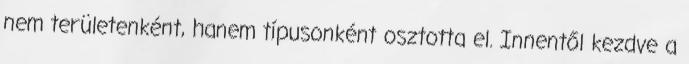
nem területenként, hanem típusonként osztotta el. Innentől kezdve a